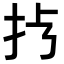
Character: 𢪀